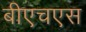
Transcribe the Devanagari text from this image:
बीएचएस